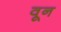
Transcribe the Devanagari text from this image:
वून